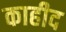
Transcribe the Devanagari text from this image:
काहीद